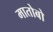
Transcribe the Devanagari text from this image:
मातोबो